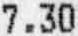
7.30